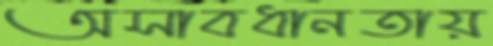
অসাবধানতায়